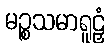
မဉ္စသမာရူဠှံ